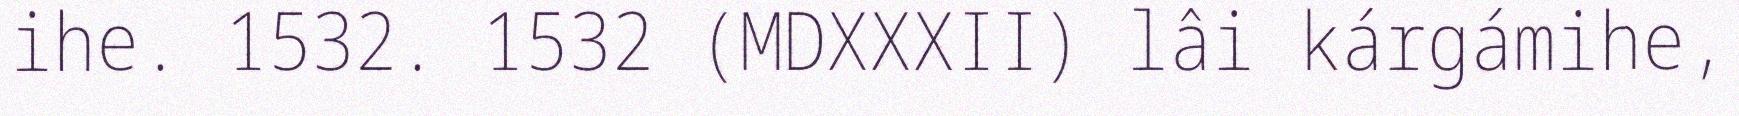
ihe. 1532. 1532 (MDXXXII) lâi kárgámihe,